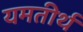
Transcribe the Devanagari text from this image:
यमतीर्थ